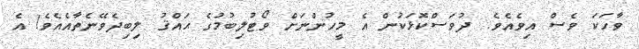
ވާހަކަ ވެސް އިވެއެވެ. ދުވަސްކޮޅަކުން އެ މީހުންނަށް ވޯޓުލިބުމުގެ ޙައްޤު ލިބިދެވޭނެތާއެއެވެ! އެ